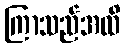
ကြာသည်အထိ